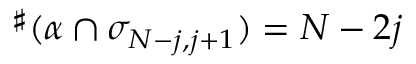
{ } ^ { \sharp } ( \alpha \cap \sigma _ { N - j , j + 1 } ) = N - 2 j